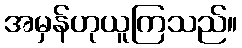
အမှန်ဟုယူကြသည်။